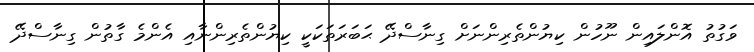
ވަގުތު އޮންލައިން ނޫހުން ކިޔުންތެރިންނަށް ގިނާސްދޭ ޙަބަރަތަކަކީ ކިޔުންތެރިންނާއި އެންމެ ގާތުން ގިނާސްދޭ